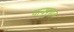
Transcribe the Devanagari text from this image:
वायूपुत्राज्